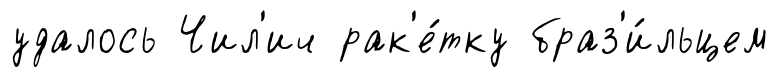
удалось Чил'ич рак'е́тку браз'и́льцем